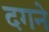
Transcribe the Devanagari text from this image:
दगने